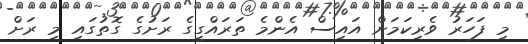
މި ފަހަރު ވެރިކަމަށް އައިސް އެންމެ ތަރައްގީގެ ރަށުގެ ގޮތުގައި މި ރަށް